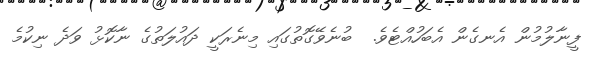
ފީނާލުމުން އެނގެން އެބަހުއްޓެވެ.  ބުނެވޭގޮތުގައި މިނެރަކީ ދައުލަތުގެ ނާކޮޅު ވަދެ ނިކުމެ